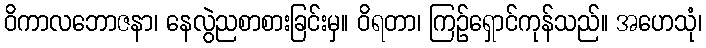
ဝိကာလဘောဇနာ၊ နေလွဲညစာစားခြင်းမှ။ ဝိရတာ၊ ကြဉ်ရှောင်ကုန်သည်။ အဟေသုံ၊